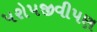
પરોપજીવીપણ